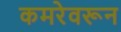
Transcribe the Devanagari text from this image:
कमरेवरून